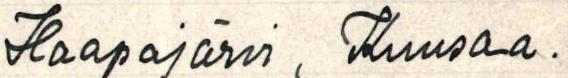
Haapajärvi, Kuusaa.